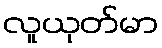
လူယုတ်မာ